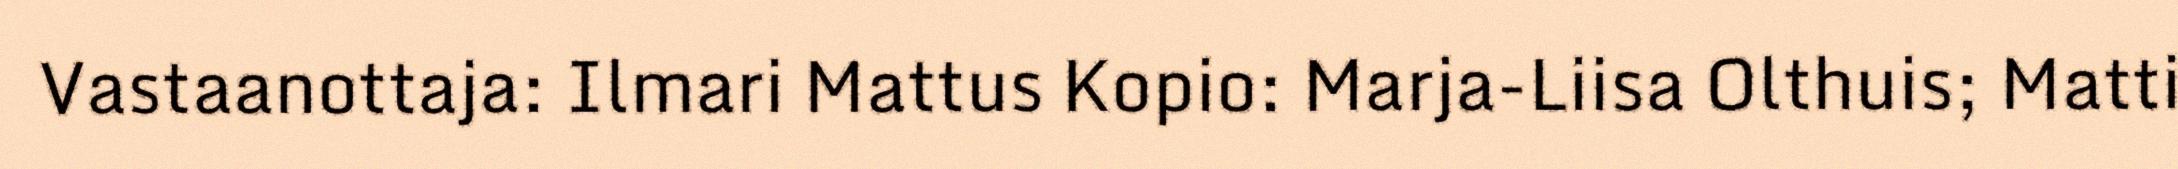
Vastaanottaja: Ilmari Mattus Kopio: Marja-Liisa Olthuis; Matti